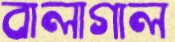
বালাগাল